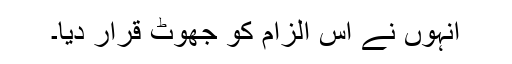
انہوں نے اس الزام کو جھوٹ قرار دیا۔